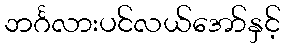
ဘင်္ဂလားပင်လယ်အော်နှင့်